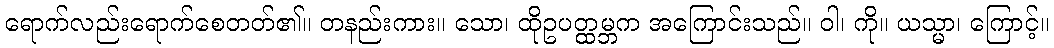
ရောက်လည်းရောက်စေတတ်၏။ တနည်းကား။ သော၊ ထိုဥပတ္ထမ္ဘက အကြောင်းသည်။ ဝါ၊ ကို။ ယသ္မာ၊ ကြောင့်။